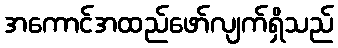
အကောင်အထည်ဖော်လျက်ရှိသည်